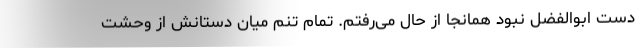
دست ابوالفضل نبود همانجا از حال می‌رفتم. تمام تنم میان دستانش از وحشت